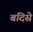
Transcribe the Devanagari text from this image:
बंदिसे